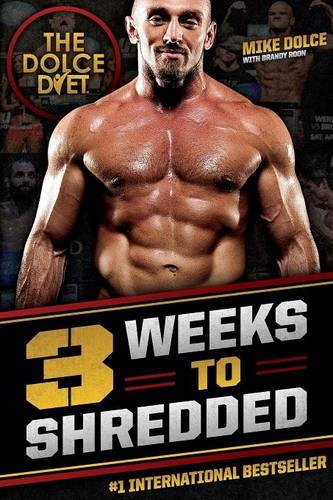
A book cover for The Dolce Diet: 3 Weeks to Shredded; Mike Dolce; Sports & Outdoors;